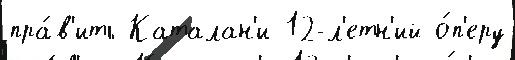
пра́в'ить Каталан'и 12-л'етн'ий о́п'еру